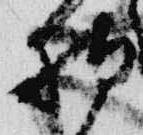
拍